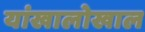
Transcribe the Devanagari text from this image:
यांखालोखाल